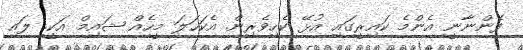
ފެންނާނީ އެންމެ ކައިރީގައި އުޅޭ ކެހިވެރިން. އެކަހަލަ މީހެއް ޝައިމް އަކީ. ލައި